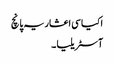
اکیاسی اعشاریہ پانچ
آسٹریلیا ۔